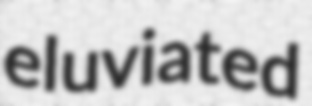
eluviated